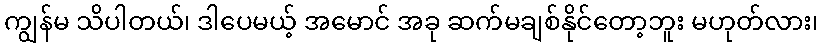
ကျွန်မ သိပါတယ်၊ ဒါပေမယ့် အမောင် အခု ဆက်မချစ်နိုင်တော့ဘူး မဟုတ်လား၊